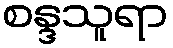
စန္ဒသူရာ